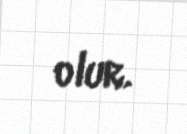
olur.